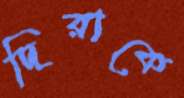
দিরাকে